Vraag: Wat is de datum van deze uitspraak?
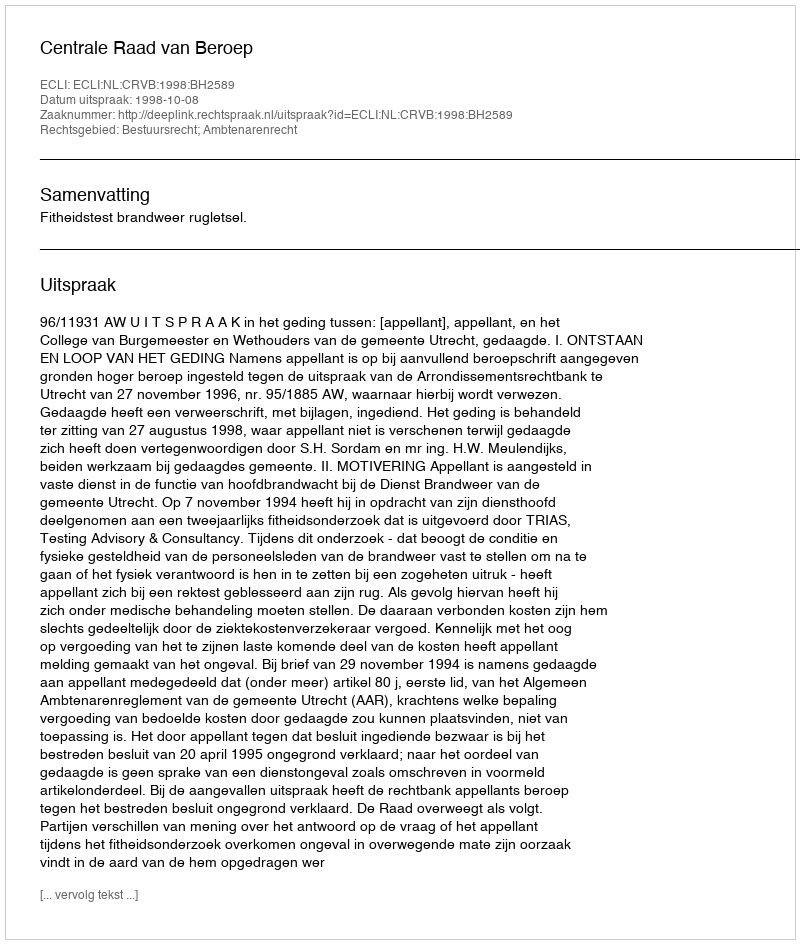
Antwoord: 1998-10-08